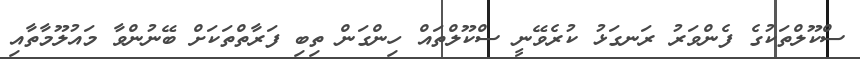
ސްކޫލްތަކުގެ ފެންވަރު ރަނގަޅު ކުރެވޭނީ ސްކޫލްތައް ހިންގަން ތިބި ފަރާތްތަކަށް ބޭނުންވާ މައުލޫމާތާއި